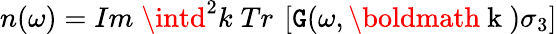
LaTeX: n(\omega)=Im\; \intd^{2}k\; Tr\: \left[\mathtt{G}(\omega,\mathrm{{\boldmath~k~}})\sigma_{3}\right]